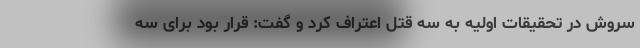
سروش در تحقیقات اولیه به سه قتل اعتراف کرد و گفت: قرار بود برای سه